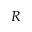
R